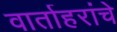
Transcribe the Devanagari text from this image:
वार्ताहरांचे